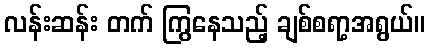
လန်းဆန်း တက် ကြွနေသည့် ချစ်စရာ့အရွယ်။